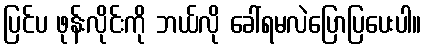
ပြင်ပ ဖုန်းလိုင်းကို ဘယ်လို ခေါ်ရမလဲပြောပြပေးပါ။